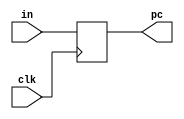
module PC(pc,in,clk);
//input [6:0] in;
input [31:0] in;  //Converted to 32 bit
input clk;
//output [6:0] pc;
output [31:0] pc;
//reg [6:0] pc;
reg [31:0] pc;

initial begin
	pc=32'b00000000000000000000000000000000;
end

always @(negedge clk)
begin
	pc = in;
end

endmodule


module PC_ALU(newpc,pc,extendaddr);
input [31:0] pc;
input [31:0] extendaddr;


output [31:0] newpc;
reg [31:0] newpc;

reg [31:0] aux;
always @(*)
	begin
	if(extendaddr [31:31]==1)
	begin
	aux=~extendaddr;
	
	newpc = (pc-aux);
	end
	if(extendaddr [31:31]==0)newpc = (pc+1+(extendaddr));

end



endmodule

module pc4(pc,pc1);
  input [31:0] pc;
output [31:0] pc1;
      assign pc1 = (pc+1); 
      

 endmodule